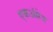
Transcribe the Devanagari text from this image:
एकअंग्रेज